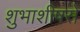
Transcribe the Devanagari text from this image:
शुभाशीषसे